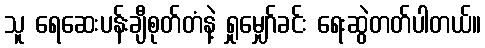
သူ ရေဆေးပန်းချီစုတ်တံနဲ့ ရှုမျှော်ခင်း ရေးဆွဲတတ်ပါတယ်။